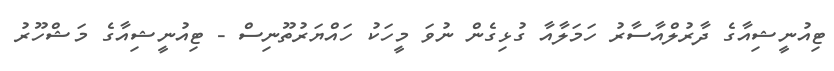
ޓިއުނީޝިއާގެ ދާރުލްއާސާރު ހަމަލާއާ ގުޅިގެން ނުވަ މީހަކު ހައްޔަރުތޫނިސް - ޓިއުނީޝިއާގެ މަޝްހޫރު